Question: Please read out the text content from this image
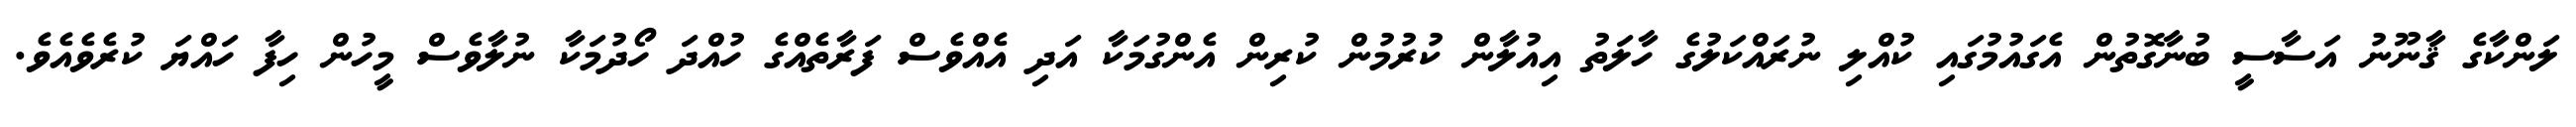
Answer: ލަންކާގެ ޤާނޫނު އަސާސީ ބުނާގޮތުން އެގައުމުގައި ކުއްލި ނުރައްކަލުގެ ހާލަތު އިއުލާން ކުރުމުން ކުރިން އެންގުމަކާ އަދި އެއްވެސް ފަރާތެއްގެ ހުއްދަ ހޯދުމަކާ ނުލާވެސް މީހުން ހިފާ ހައްޔަ ކުރެވެއެވެ.